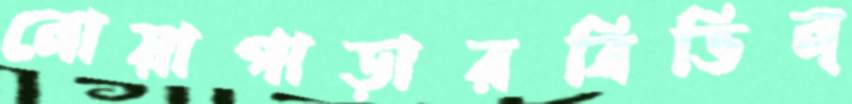
নোয়াপাড়ারবিভিন্